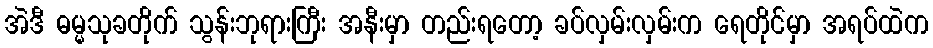
အဲဒီ ဓမ္မသုခတိုက် သွန်းဘုရားကြီး အနီးမှာ တည်းရတော့ ခပ်လှမ်းလှမ်းက ရေတိုင်မှာ အရပ်ထဲက